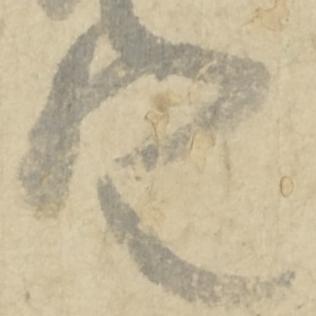
定